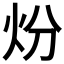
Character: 𤆶